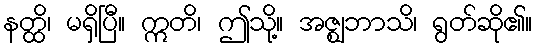
နတ္ထိ၊ မရှိပြီ။ ဣတိ၊ ဤသို့။ အဇ္ဈဘာသိ၊ ရွတ်ဆို၏။